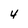
Character: Y